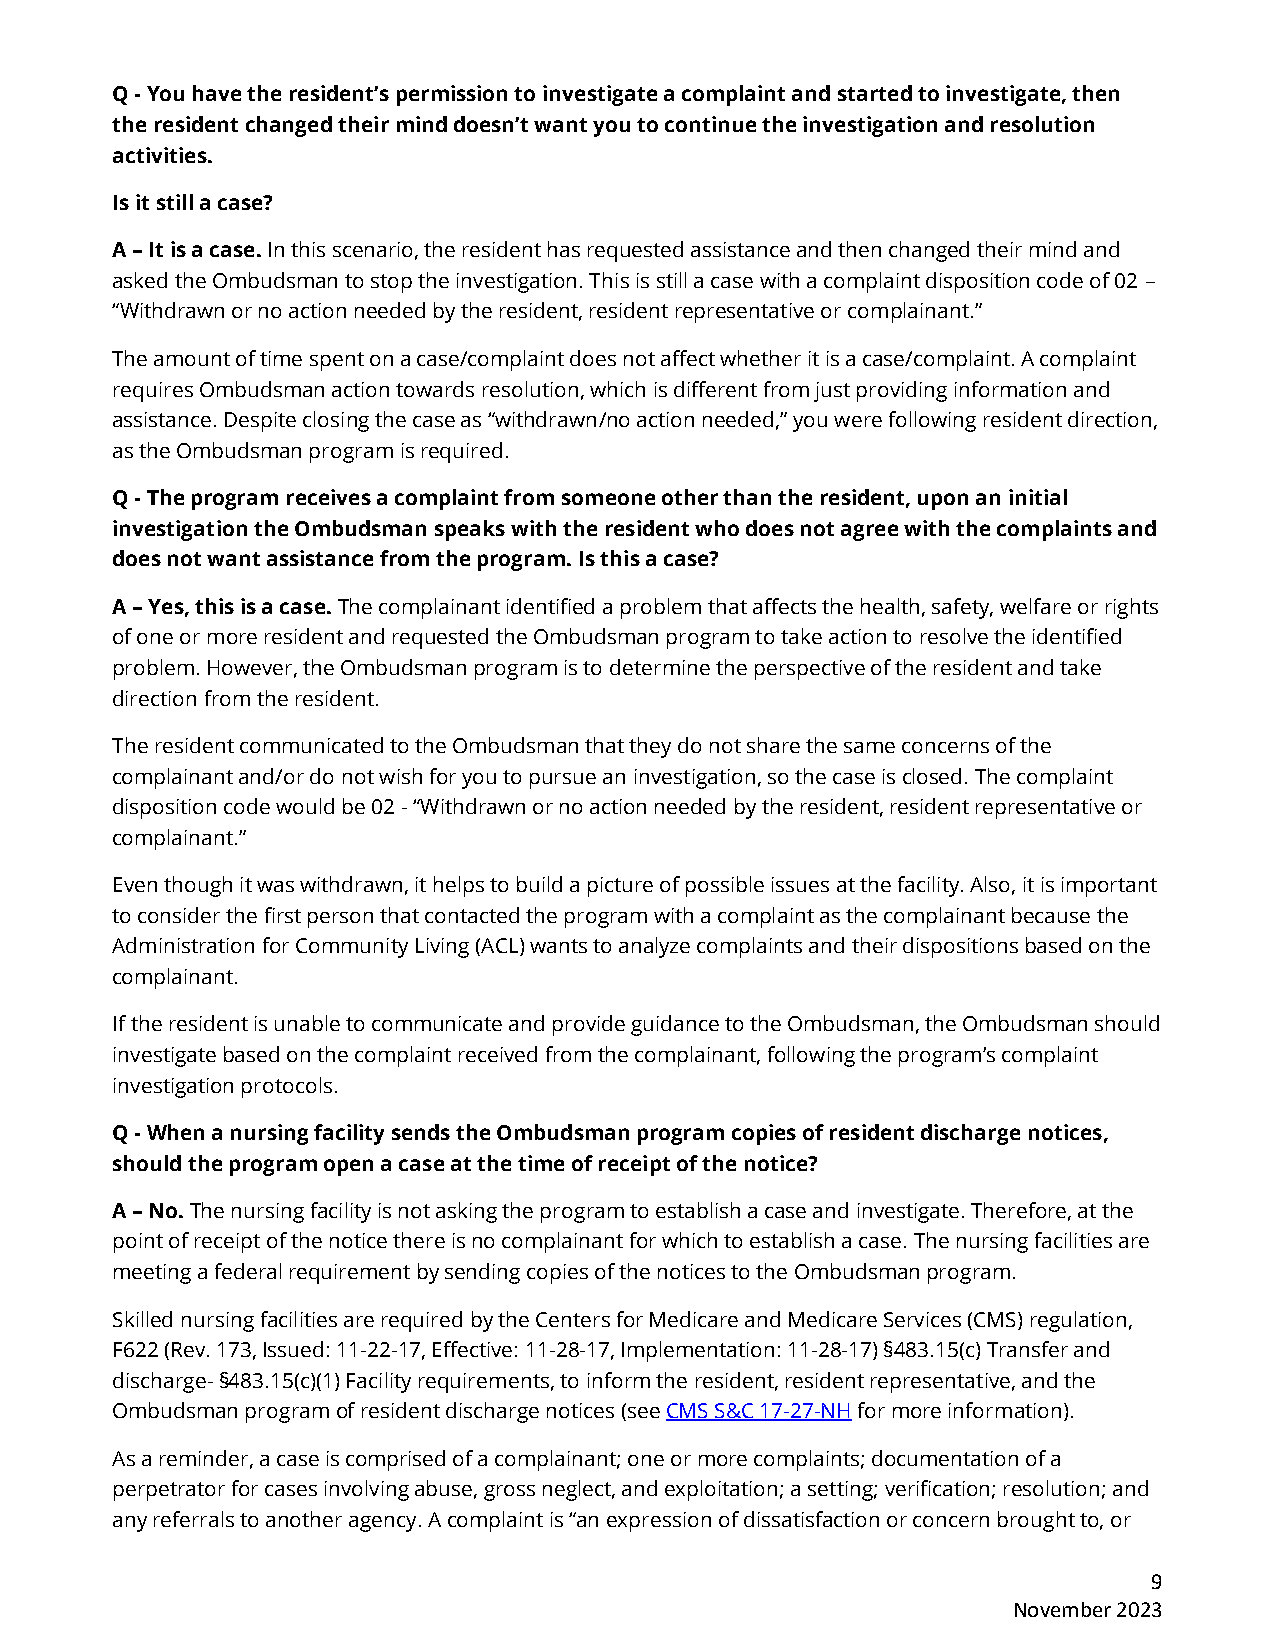
Q - You have the resident’s permission to investigate a complaint and started to investigate, then
 the resident changed their mind doesn’t want you to continue the investigation and resolution
 activities.
 Is it still a case?
 A – It is a case. In this scenario, the resident has requested assistance and then changed their mind and
 asked the Ombudsman to stop the investigation. This is still a case with a complaint disposition code of 02 –
 “Withdrawn or no action needed by the resident, resident representative or complainant.”
 The amount of time spent on a case/complaint does not affect whether it is a case/complaint. A complaint
 requires Ombudsman action towards resolution, which is different from just providing information and
 assistance. Despite closing the case as “withdrawn/no action needed,” you were following resident direction,
 as the Ombudsman program is required.
 Q - The program receives a complaint from someone other than the resident, upon an initial
 investigation the Ombudsman speaks with the resident who does not agree with the complaints and
 does not want assistance from the program. Is this a case?
 A – Yes, this is a case. The complainant identified a problem that affects the health, safety, welfare or rights
 of one or more resident and requested the Ombudsman program to take action to resolve the identified
 problem. However, the Ombudsman program is to determine the perspective of the resident and take
 direction from the resident.
 The resident communicated to the Ombudsman that they do not share the same concerns of the
 complainant and/or do not wish for you to pursue an investigation, so the case is closed. The complaint
 disposition code would be 02 - “Withdrawn or no action needed by the resident, resident representative or
 complainant.”
 Even though it was withdrawn, it helps to build a picture of possible issues at the facility. Also, it is important
 to consider the first person that contacted the program with a complaint as the complainant because the
 Administration for Community Living (ACL) wants to analyze complaints and their dispositions based on the
 complainant.
 If the resident is unable to communicate and provide guidance to the Ombudsman, the Ombudsman should
 investigate based on the complaint received from the complainant, following the program’s complaint
 investigation protocols.
 Q - When a nursing facility sends the Ombudsman program copies of resident discharge notices,
 should the program open a case at the time of receipt of the notice?
 A – No. The nursing facility is not asking the program to establish a case and investigate. Therefore, at the
 point of receipt of the notice there is no complainant for which to establish a case. The nursing facilities are
 meeting a federal requirement by sending copies of the notices to the Ombudsman program.
 Skilled nursing facilities are required by the Centers for Medicare and Medicare Services (CMS) regulation,
 F622 (Rev. 173, Issued: 11-22-17, Effective: 11-28-17, Implementation: 11-28-17) §483.15(c) Transfer and
 discharge- §483.15(c)(1) Facility requirements, to inform the resident, resident representative, and the
 Ombudsman program of resident discharge notices (see CMS S&C 17-27-NH for more information).
 As a reminder, a case is comprised of a complainant; one or more complaints; documentation of a
 perpetrator for cases involving abuse, gross neglect, and exploitation; a setting; verification; resolution; and
 any referrals to another agency. A complaint is “an expression of dissatisfaction or concern brought to, or
 9
 November 2023